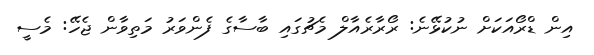
އިން ޑްރޯއަކަށް ނުކުޅޭނެ: ރޯރާރެއާލް މެޗުގައި ބާސާގެ ފެންވަރު މަތިވާން ޖެހޭ: މެސީ